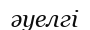
әуелгі